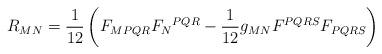
LaTeX: \begin{align*}R_{MN}=\frac{1}{12}\left(F_{MPQR}F_{N}{}^{PQR}-\frac{1}{12}g_{MN}F^{PQRS}F_{PQRS}\right)\end{align*}